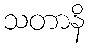
သတာနိ